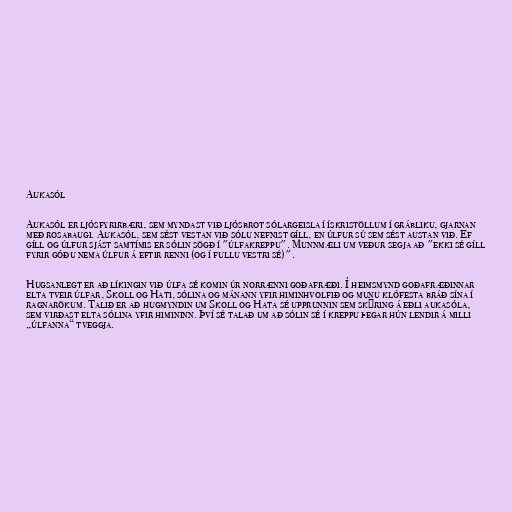
Aukasól

Aukasól er ljósfyrirbæri, sem myndast við ljósbrot sólargeisla í ískristöllum í grábliku, gjarnan
með rosabaugi. Aukasól, sem sést vestan við sólu nefnist gíll, en úlfur sú sem sést austan við. Ef
gíll og úlfur sjást samtímis er sólin sögð í "úlfakreppu". Munnmæli um veður segja að "ekki sé gíll
fyrir góðu nema úlfur á eftir renni (og í fullu vestri sé)".

Hugsanlegt er að líkingin við úlfa sé komin úr norrænni goðafræði. Í heimsmynd goðafræðinnar
elta tveir úlfar, Skoll og Hati, sólina og mánann yfir himinhvolfið og munu klófesta bráð sína í
ragnarökum. Talið er að hugmyndin um Skoll og Hata sé upprunnin sem skýring á eðli aukasóla,
sem virðast elta sólina yfir himininn. Því sé talað um að sólin sé í kreppu þegar hún lendir á milli
„úlfanna“ tveggja.